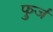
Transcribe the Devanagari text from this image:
फुर्ज